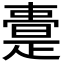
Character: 𭧢